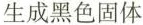
生成黑色固体